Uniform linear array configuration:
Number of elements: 24
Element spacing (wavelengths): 1
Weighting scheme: kaiser
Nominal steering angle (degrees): -45
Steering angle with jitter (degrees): -46.326
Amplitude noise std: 0.05
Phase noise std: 0.05

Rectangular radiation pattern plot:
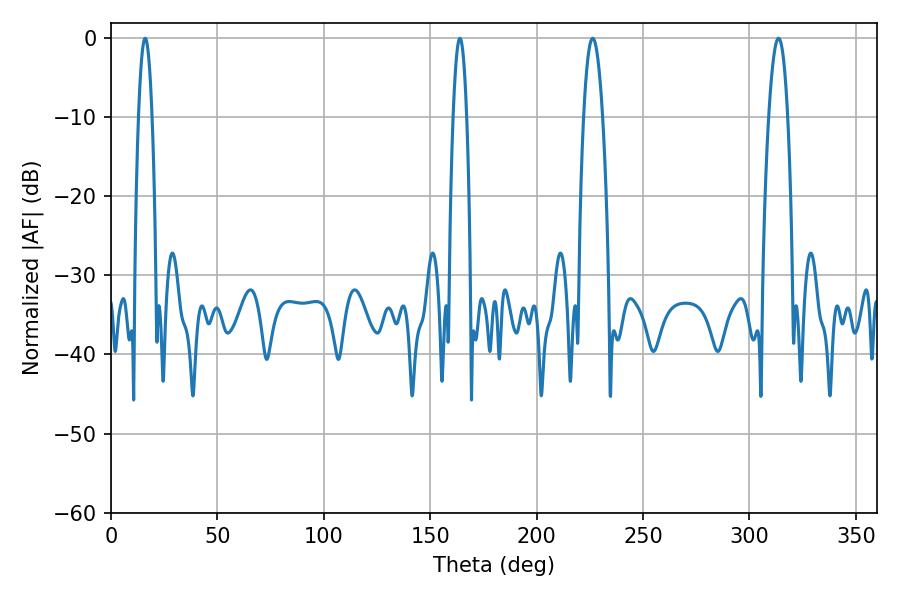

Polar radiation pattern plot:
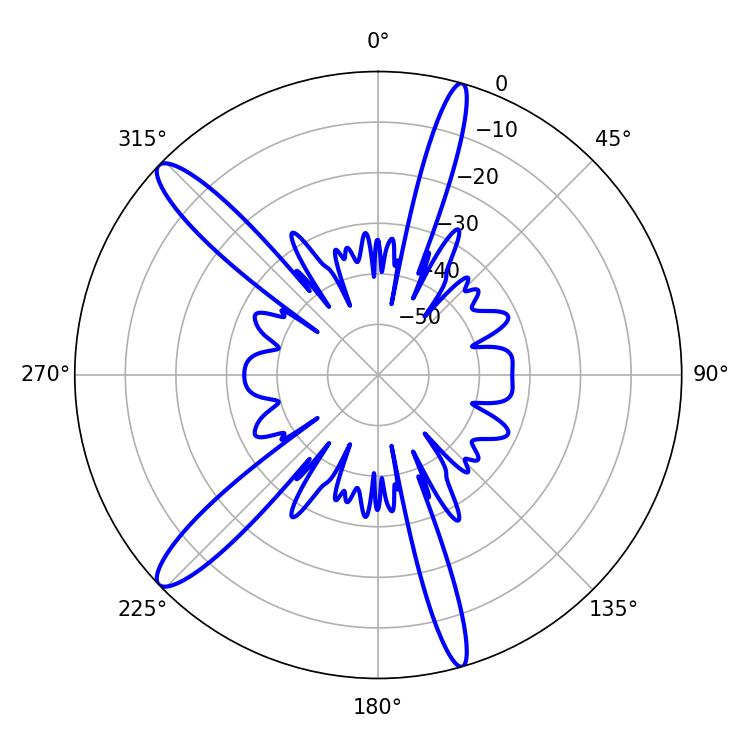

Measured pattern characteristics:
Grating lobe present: TRUE
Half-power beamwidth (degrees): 3.42
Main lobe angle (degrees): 16.02